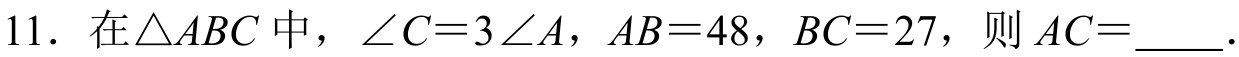
11. 在$\triangle ABC$中，$\angle C = 3\angle A$，$AB = 48$，$BC = 27$，则$AC=$  ．